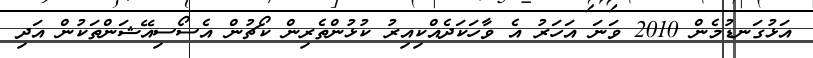
އަޅުގަނޑުމެން 2010 ވަނަ އަހަރު އެ ވާހަކަދެއްކިއިރު ކުޅުންތެރިން ކޯޗުން އެސޯސިއޭޝަންތަކުން އަދި